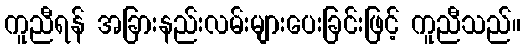
ကူညီရန် အခြားနည်းလမ်းများပေးခြင်းဖြင့် ကူညီသည်။